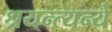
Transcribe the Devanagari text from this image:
श्रयन्त्यन्ये